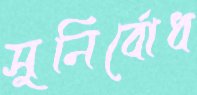
সুনির্বোধ